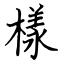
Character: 樣